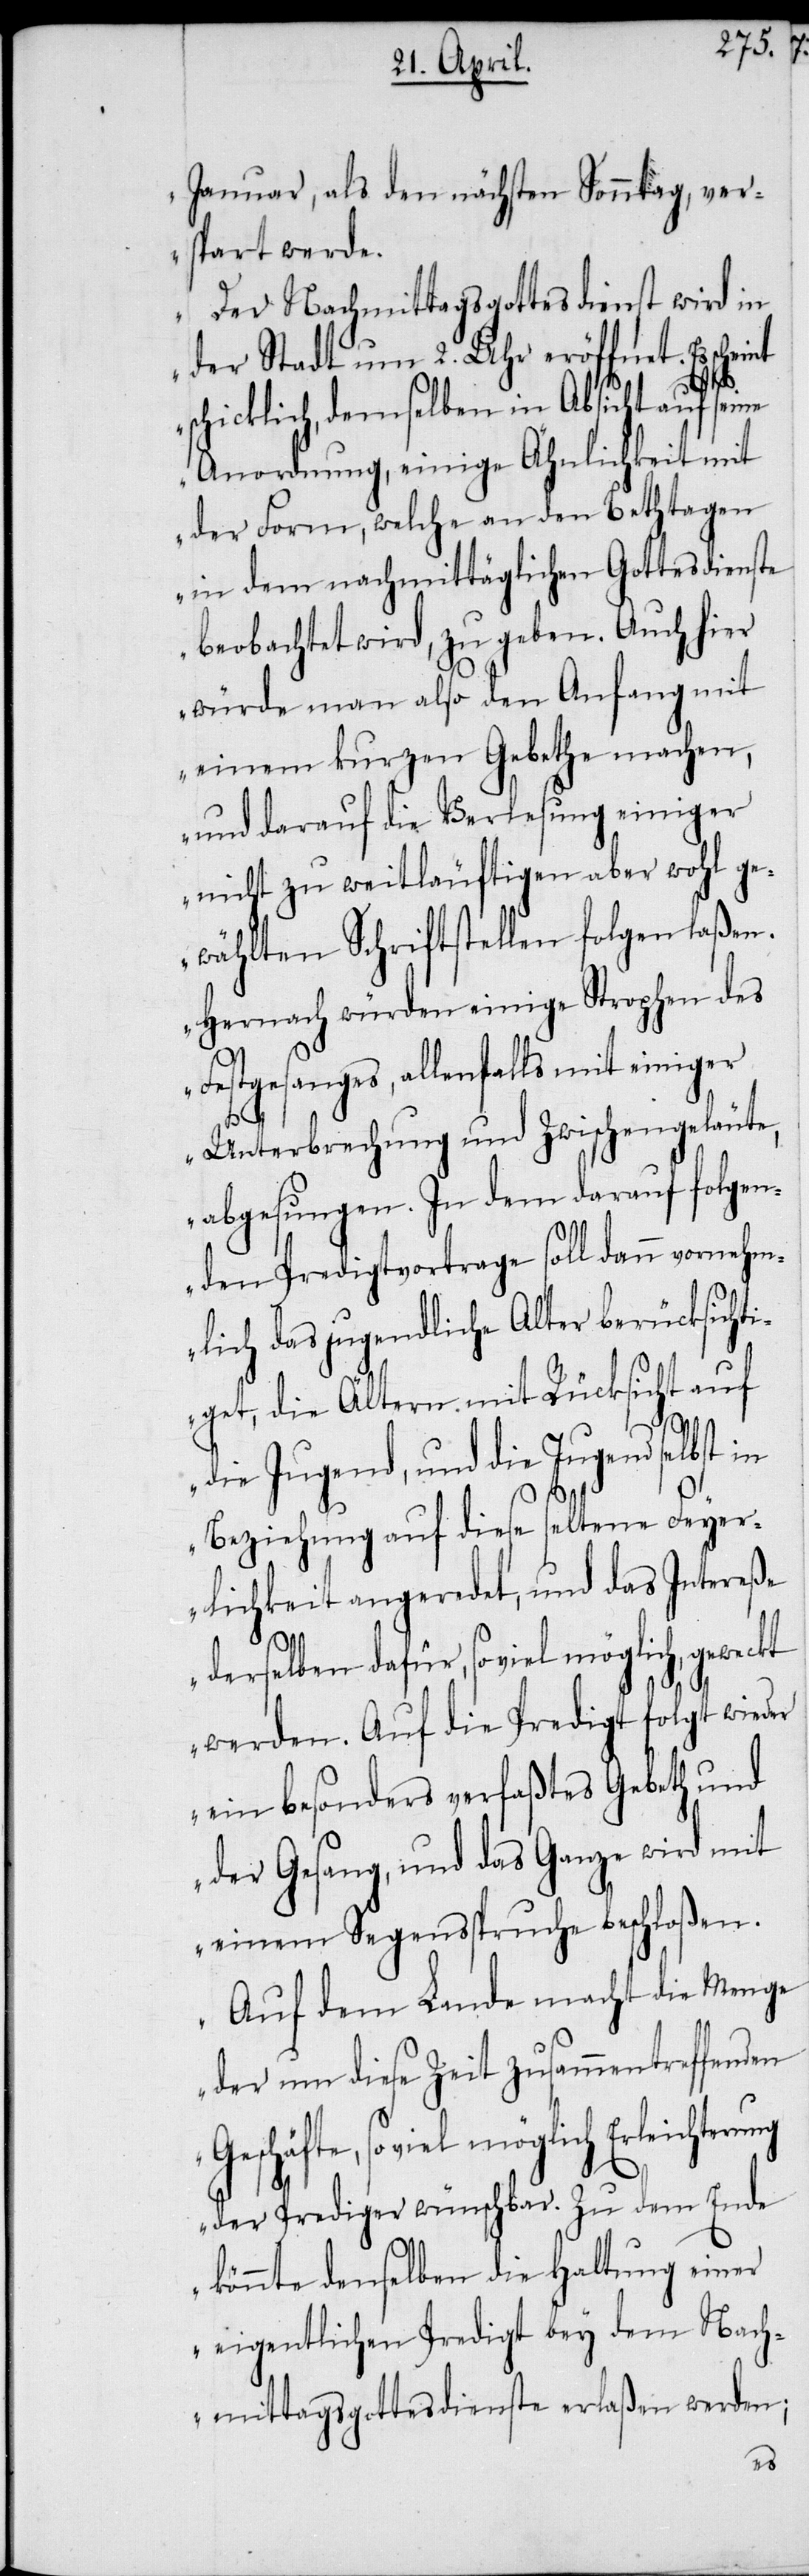
Januar, als den nächsten Sonntag, ver¬
spart werde.
Der Nachmittagsgottesdienst wird in
der Stadt um 2. Uhr eröffnet. Es
scheint
schicklich, demselben in Absicht auf seine
Anordnung, einige Ähnlichkeit mit
der Form, welche an den Bethtagen
in dem nachmittäglichen Gottesdienste
beobachtet wird, zu geben. Auch hier
würde man also den Anfang mit
einem kurzen Gebethe machen,
und darauf die Verlesung einiger
nicht zu weitläuftigen aber wohl ge¬
wählten Schriftstellen folgen laßen.
Hernach würden einige Strophen des
Festgesanges, allenfalls mit einiger
Unterbrechung und Zwischengeläute,
abgesungen. In dem darauf folgen¬
den Predigtvortrage soll dann vornehm¬
lich das jugendliche Alter berücksichti¬
get, die Ältern mit Rücksicht auf
die Jugend, und die Jugend selbst
Beziehung auf diese seltene Feyer¬
lichkeit angeredet, und das Intereße
derselben dafür, soviel möglich, geweckt
werden. Auf die Predigt folgt wieder
ein besonders verfaßtes Gebeth und
der Gesang, und das Ganze wird mit
einem Segensspruche beschloßen.
Auf dem Lande macht die Menge
der um diese Zeit zusammentreffenden
Geschäfte, so viel möglich
der Prediger wünschbar. Zu dem Ende
könnte denselben die Haltung einer
eigentlichen Predigt bey dem Nach¬
mittagsgottesdienste erlaßen werden;